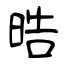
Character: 晧